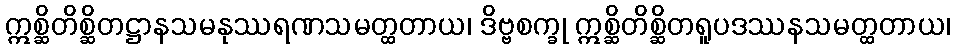
ဣစ္ဆိတိစ္ဆိတဋ္ဌာနသမနုဿရဏသမတ္ထတာယ၊ ဒိဗ္ဗစက္ခု ဣစ္ဆိတိစ္ဆိတရူပဒဿနသမတ္ထတာယ၊